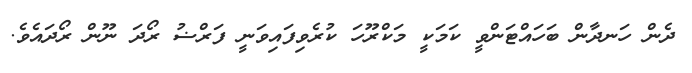
ދެން ހަނދާން ބަހައްޓަންވީ ކަމަކީ މަކްރޫހަ ކުރެވިފައިވަނީ ފަރްޟު ރޯދަ ނޫން ރޯދައެވެ.